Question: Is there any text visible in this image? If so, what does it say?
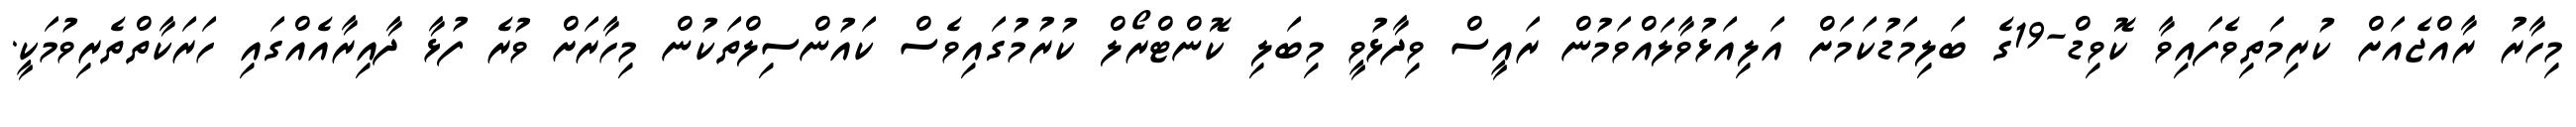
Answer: މިހާރު ރާއްޖެއަށް ކުރިމަތިވެފައިވާ ކޮވިޑް-19ގެ ބަލިމަޑުކަމަށް އަލިއަޅުވާލައްވަމުން ރައީސް ވިދާޅުވީ މިބަލި ކޮންޓްރޯލް ކުރުމުގައިވެސް ކައުންސިލްތަކުން މިހާރަށް ވުރެ ފުޅާ ދާއިރާއެއްގައި ހަރަކާތްތެރިވުމަކީ.